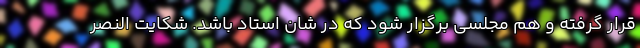
قرار گرفته و هم مجلسی برگزار شود که در شان استاد باشد. شکایت النصر